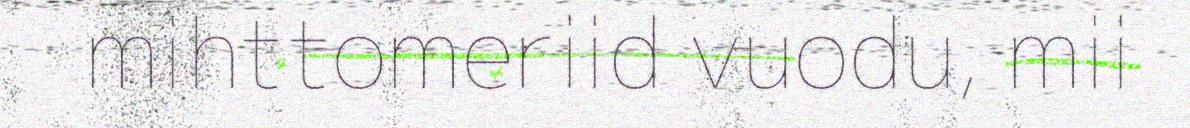
mihttomeriid vuodu, mii